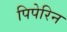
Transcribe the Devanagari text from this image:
पिपेरिन